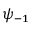
\psi _ { - 1 }